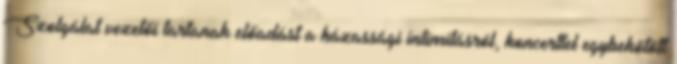
Szolgálat vezetői tartanak előadást a házassági intimitásról, koncerttel egybekötött